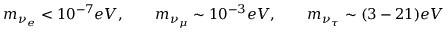
m _ { \nu _ { e } } < 1 0 ^ { - 7 } e V , \qquad m _ { \nu _ { \mu } } \sim 1 0 ^ { - 3 } e V , \qquad m _ { \nu _ { \tau } } \sim ( 3 - 2 1 ) e V